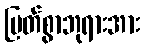
မြတ်စွာဘုရားအား